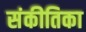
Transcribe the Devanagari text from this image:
संकीतिका